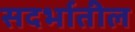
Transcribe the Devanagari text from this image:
सदर्भातील